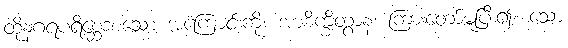
ထိုနဂရပရိစ္ဆေဒစသော အကြောင်းကို။ အာစိက္ခိတွာန၊ ကြားတော်မူပြီး၍။ သော